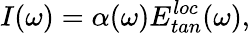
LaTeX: I(\omega)=\alpha(\omega)E_{tan}^{loc}(\omega),